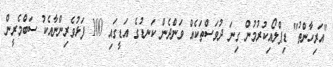
"އަރިހާންތު" ޑިޕްލޯއިކުރުމުން ގިނަ ދުވަސްތަކެއް ވަންދެން ކަނޑުގެ އަޑީގައި 100 ފަޅުވެރިންނާއެކު ސަބްމެރީން